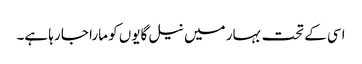
اسی کے تحت بہار میں نیل گایوں کو مارا جا رہا ہے۔